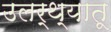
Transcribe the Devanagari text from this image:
उलर्थ्यातू